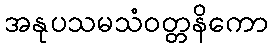
အနုပသမသံဝတ္တနိကော